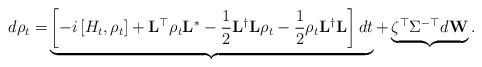
LaTeX: \begin{align*}d\rho_t = & \underbrace{\left[-i\left[H_t,\rho_t\right] + \mathbf{L}^{\top}\rho_t\mathbf{L}^{\ast} - \frac{1}{2}\mathbf{L}^{\dagger}\mathbf{L}\rho_t - \frac{1}{2}\rho_t\mathbf{L}^{\dagger}\mathbf{L}\right]dt }_{}+ \underbrace{\zeta^{\top}\Sigma^{-\top}d\mathbf{W}}_{}.\end{align*}